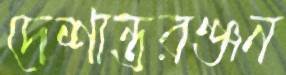
দেশান্তরঞ্জন